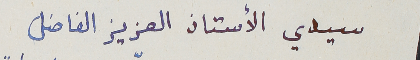
سيدي الأستاذ العزيز الفاضل